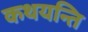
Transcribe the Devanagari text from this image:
कथयन्ति